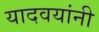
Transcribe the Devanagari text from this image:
यादवयांनी